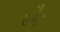
હૌદ